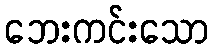
ဘေးကင်းသော